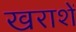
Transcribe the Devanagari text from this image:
खराशें